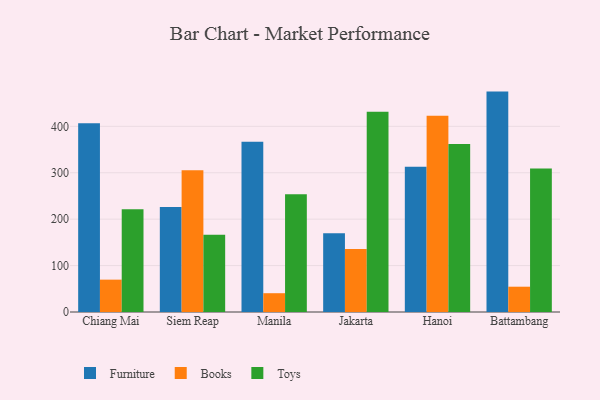
{"axis": {"x": "City", "y": "Shipments"}, "legend": ["Books", "Furniture", "Toys"], "data": [{"x": "Chiang Mai", "y": 406.8, "type": "Furniture"}, {"x": "Chiang Mai", "y": 69.7, "type": "Books"}, {"x": "Chiang Mai", "y": 221.2, "type": "Toys"}, {"x": "Siem Reap", "y": 226.2, "type": "Furniture"}, {"x": "Siem Reap", "y": 305.1, "type": "Books"}, {"x": "Siem Reap", "y": 166.2, "type": "Toys"}, {"x": "Manila", "y": 366.5, "type": "Furniture"}, {"x": "Manila", "y": 40.5, "type": "Books"}, {"x": "Manila", "y": 253.8, "type": "Toys"}, {"x": "Jakarta", "y": 169.4, "type": "Furniture"}, {"x": "Jakarta", "y": 135.9, "type": "Books"}, {"x": "Jakarta", "y": 431.6, "type": "Toys"}, {"x": "Hanoi", "y": 313.0, "type": "Furniture"}, {"x": "Hanoi", "y": 422.7, "type": "Books"}, {"x": "Hanoi", "y": 362.1, "type": "Toys"}, {"x": "Battambang", "y": 474.8, "type": "Furniture"}, {"x": "Battambang", "y": 54.5, "type": "Books"}, {"x": "Battambang", "y": 309.1, "type": "Toys"}]}